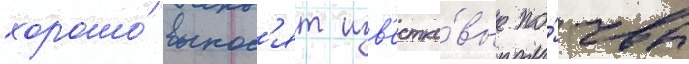
хорошо́ вынос'ят изв'естко́вые по́чвы